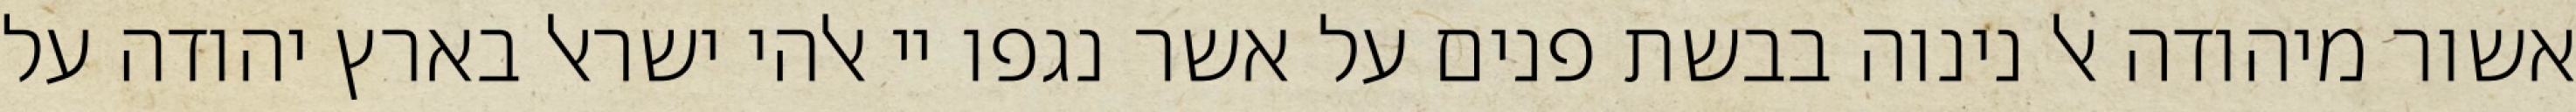
אשור מיהודה אל נינוה בבשת פנים על אשר נגפו יי אלהי ישראל בארץ יהודה על